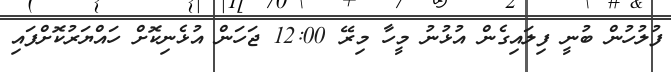
ފުލުހުން ބުނީ ފިލައިގެން އުޅުނު މީހާ މިރޭ 12:00 ޖަހަން އުޅެނިކޮށް ހައްޔަރުކޮށްފައި